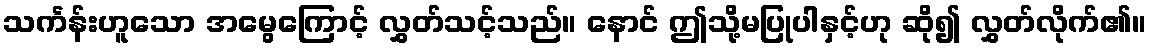
သင်္ကန်းဟူသော အမွေကြောင့် လွှတ်သင့်သည်။ နောင် ဤသို့မပြုပါနှင့်ဟု ဆို၍ လွှတ်လိုက်၏။